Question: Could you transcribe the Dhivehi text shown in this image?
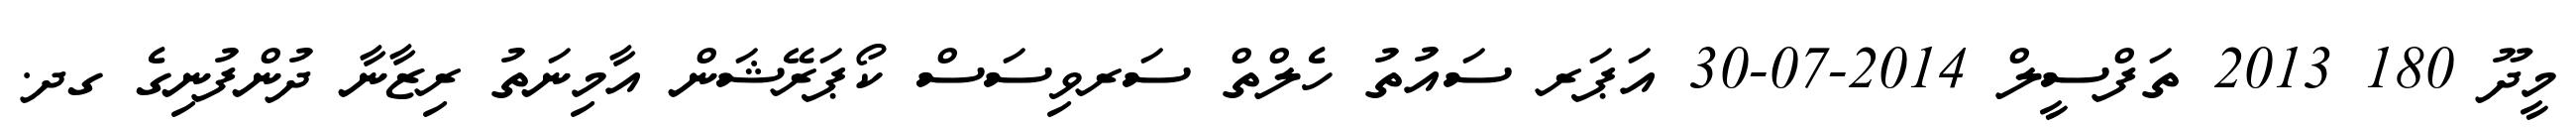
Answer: މީދޫ 180 2013 ތަފްސީލް 2014-07-30 އަޕަރ ސައުތު ހެލްތް ސަރވިސަސް ކޯޕަރޭޝަން އާމިނަތު ރިޒާނާ ދުންފުނިގެ ގދ.